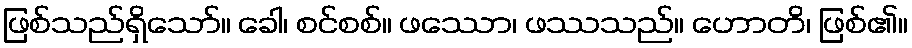
ဖြစ်သည်ရှိသော်။ ခေါ၊ စင်စစ်။ ဖဿော၊ ဖဿသည်။ ဟောတိ၊ ဖြစ်၏။